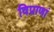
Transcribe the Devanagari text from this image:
विप्राणां